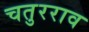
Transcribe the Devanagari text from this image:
चतुरराव